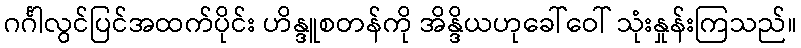
ဂင်္ဂါလွင်ပြင်အထက်ပိုင်း ဟိန္ဒူစတန်ကို အိန္ဒိယဟုခေါ်ဝေါ် သုံးနှုန်းကြသည်။